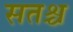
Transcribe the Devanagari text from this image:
सतश्च